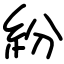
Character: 紛